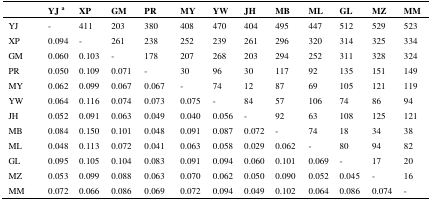
|  | YJ a | XP | GM | PR | MY | YW | JH | MB | ML | GL | MZ | MM |
 | --- | --- | --- | --- | --- | --- | --- | --- | --- | --- | --- | --- | --- |
 | YJ | - | 411 | 203 | 380 | 408 | 470 | 404 | 495 | 447 | 512 | 529 | 523 |
 | XP | 0.094 | - | 261 | 238 | 252 | 239 | 261 | 296 | 320 | 314 | 325 | 334 |
 | GM | 0.060 | 0.103 | - | 178 | 207 | 268 | 203 | 294 | 252 | 311 | 328 | 324 |
 | PR | 0.050 | 0.109 | 0.071 | - | 30 | 96 | 30 | 117 | 92 | 135 | 151 | 149 |
 | MY | 0.062 | 0.099 | 0.067 | 0.067 | - | 74 | 12 | 87 | 69 | 105 | 121 | 119 |
 | YW | 0.064 | 0.116 | 0.074 | 0.073 | 0.075 | - | 84 | 57 | 106 | 74 | 86 | 94 |
 | JH | 0.052 | 0.091 | 0.063 | 0.049 | 0.040 | 0.056 | - | 92 | 63 | 108 | 125 | 121 |
 | MB | 0.084 | 0.150 | 0.101 | 0.048 | 0.091 | 0.087 | 0.072 | - | 74 | 18 | 34 | 38 |
 | ML | 0.048 | 0.113 | 0.072 | 0.041 | 0.063 | 0.058 | 0.029 | 0.062 | - | 80 | 94 | 82 |
 | GL | 0.095 | 0.105 | 0.104 | 0.083 | 0.091 | 0.094 | 0.060 | 0.101 | 0.069 | - | 17 | 20 |
 | MZ | 0.053 | 0.099 | 0.088 | 0.063 | 0.070 | 0.062 | 0.050 | 0.090 | 0.052 | 0.045 | - | 16 |
 | MM | 0.072 | 0.066 | 0.086 | 0.069 | 0.072 | 0.094 | 0.049 | 0.102 | 0.064 | 0.086 | 0.074 | - |